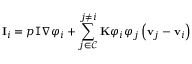
\mathbf { I } _ { i } = p \mathbb { I } \nabla \varphi _ { i } + \sum _ { j \in \mathcal { C } } ^ { j \neq i } \mathbf { K } \varphi _ { i } \varphi _ { j } \left( \mathbf { v } _ { j } - \mathbf { v } _ { i } \right)